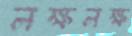
লক্ষলক্ষ